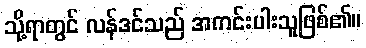
သို့ရာတွင် လန်ဒင်သည် အကင်းပါးသူဖြစ်၏။